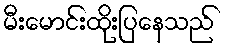
မီးမောင်းထိုးပြနေသည်